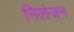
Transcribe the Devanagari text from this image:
निलंजन